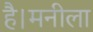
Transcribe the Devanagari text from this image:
है।मनीला